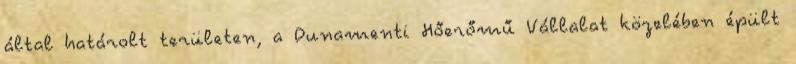
által határolt területen, a Dunamenti Hőerőmű Vállalat közelében épült